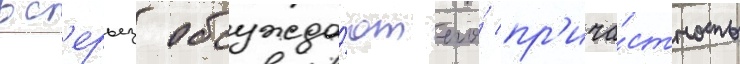
вс'ерьез обсужда́ют его́ пр'ича́стность